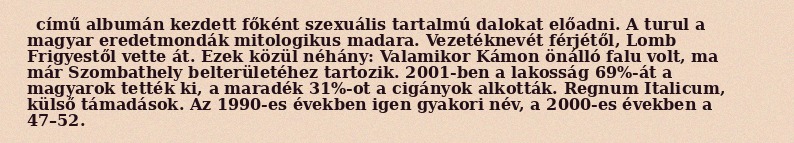
című albumán kezdett főként szexuális tartalmú dalokat előadni. A turul a magyar eredetmondák mitologikus madara. Vezetéknevét férjétől, Lomb Frigyestől vette át. Ezek közül néhány: Valamikor Kámon önálló falu volt, ma már Szombathely belterületéhez tartozik. 2001-ben a lakosság 69%-át a magyarok tették ki, a maradék 31%-ot a cigányok alkották. Regnum Italicum, külső támadások. Az 1990-es években igen gyakori név, a 2000-es években a 47–52.